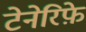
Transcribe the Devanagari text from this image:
टेनेरिफ़े